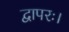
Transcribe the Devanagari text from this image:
द्वापरः।